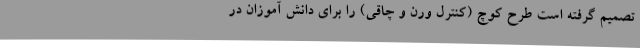
تصمیم گرفته است طرح کوچ (کنترل ورن و چاقی) را برای دانش آموزان در